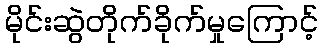
မိုင်းဆွဲတိုက်ခိုက်မှုကြောင့်